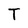
Character: T